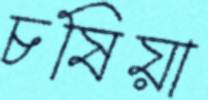
চষিয়া